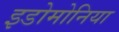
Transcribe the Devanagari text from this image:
इडोमोनिया